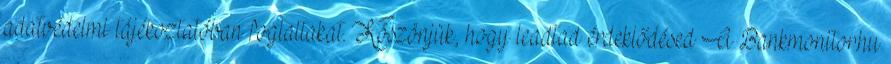
adatvédelmi tájékoztatóban foglaltakat. Köszönjük, hogy leadtad érdeklődésed A Bankmonitor.hu